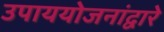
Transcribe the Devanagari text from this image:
उपाययोजनांद्वारे